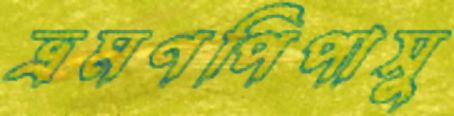
ভ্রমণপিপাসু